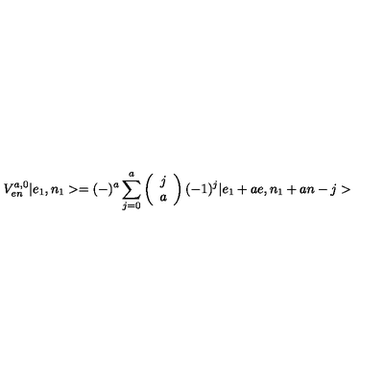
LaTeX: V _ { e n } ^ { a , 0 } | e _ { 1 } , n _ { 1 } > = ( - ) ^ { a } \sum _ { j = 0 } ^ { a } \left( \begin{array} { c c } { j } \\ { a } \\ \end{array} \right) ( - 1 ) ^ { j } | e _ { 1 } + a e , n _ { 1 } + a n - j >